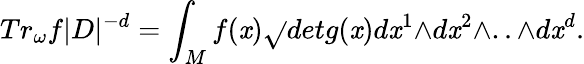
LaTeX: Tr_{\omega}f|D|^{-d}=\int_{M}f(\mathit{x})\sqrt{}{{detg(\mathit{x})}}d\mathit{x}^{1}{\wedge}d\mathit{x}^{2}{\wedge}..{\wedge}d\mathit{x}^{d}.